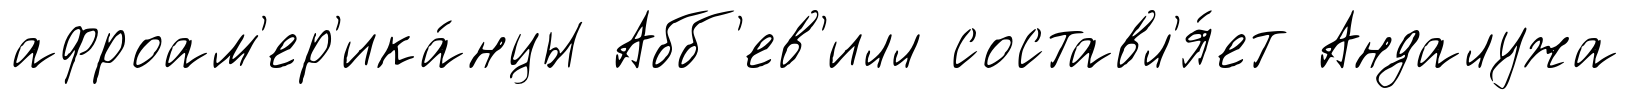
афроам'ер'ика́нцы Абб'ев'илл составл'я́ет Андалужа